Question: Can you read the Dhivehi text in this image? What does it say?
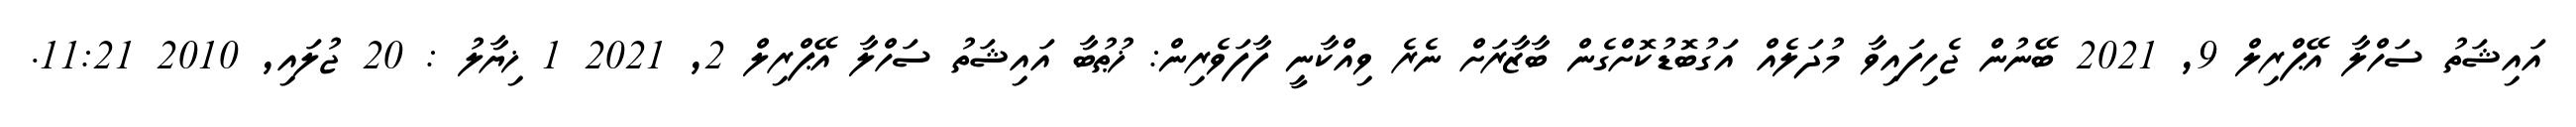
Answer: އައިޝަތު ސަހްލާ އޭޕްރިލް 9, 2021 ބޭނުން ޖެހިފައިވާ މުދަލެއް އަގުބޮޑުކޮށްގެން ބާޒާރަށް ނެރެ ވިއްކާނީ ފާފަވެރިން: ޚުޠުބާ އައިޝަތު ސަހްލާ އޭޕްރިލް 2, 2021 1 ޚިޔާލު : 20 ޖުލައި, 2010 11:21.